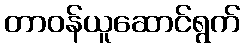
တာဝန်ယူဆောင်ရွက်